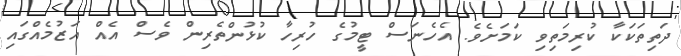
ދަތިތަކަކާ ކުރިމަތިވި ކަމަށެވެ. އެހެނަސް ޓީމުގެ ހުރިހާ ކުޅުންތެރިން ވެސް އެއް އަޒުމެއްގައި